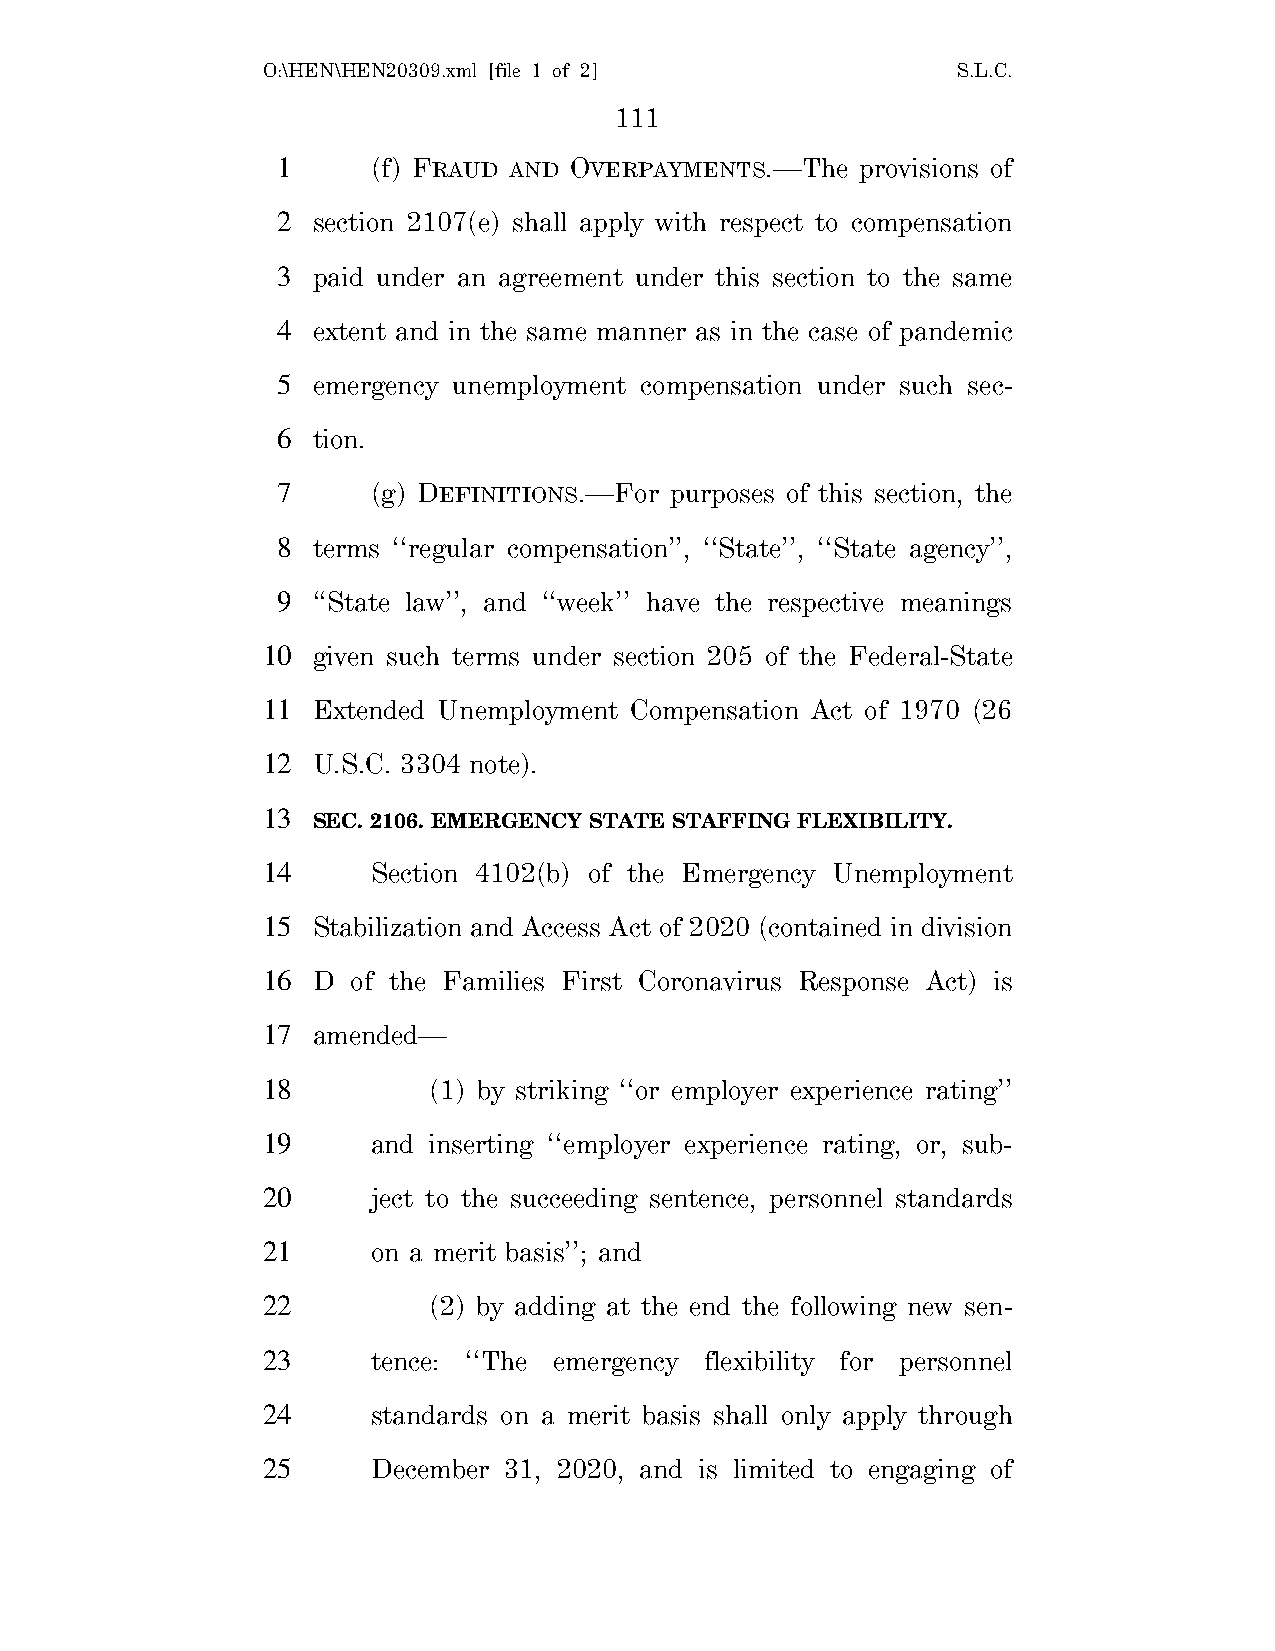
O:\HEN\HEN20309.xml [file 1 of 2]             S.L.C.
 111
 1      (f) FRAUD AND OVERPAYMENTS.—The provisions of
 2  section 2107(e) shall apply with respect to compensation
 3  paid under an agreement under this section to the same
 4  extent and in the same manner as in the case of pandemic
 5  emergency unemployment compensation under such sec-
 6  tion.
 7      (g) DEFINITIONS.—For purposes of this section, the
 8  terms ‘‘regular compensation’’, ‘‘State’’, ‘‘State agency’’,
 9  ‘‘State law’’, and ‘‘week’’ have the respective meanings
 10  given such terms under section 205 of the Federal-State
 11  Extended Unemployment Compensation Act of 1970 (26
 12  U.S.C. 3304 note).
 13
 SEC. 2106. EMERGENCY STATE STAFFING FLEXIBILITY.
 14      Section 4102(b) of the Emergency Unemployment
 15  Stabilization and Access Act of 2020 (contained in division
 16  D of the Families First Coronavirus Response Act) is
 17  amended—
 18         (1) by striking ‘‘or employer experience rating’’
 19      and inserting ‘‘employer experience rating, or, sub-
 20      ject to the succeeding sentence, personnel standards
 21      on a merit basis’’; and
 22         (2) by adding at the end the following new sen-
 23      tence: ‘‘The emergency flexibility for personnel
 24      standards on a merit basis shall only apply through
 25      December 31, 2020, and is limited to engaging of